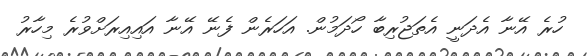
ހުރެ އޭނާ އެދަނީ އެތަޖުރިބާ ހޯދަމުން. އަހަރެން ފެނޭ އޭނާ އައިއިރަށްވުރެ މިހާރު